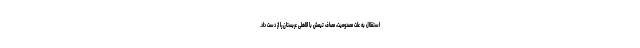
استقلال به علت مصدومیت، مصاف تیمش با الاهلی عربستان را از دست داد.